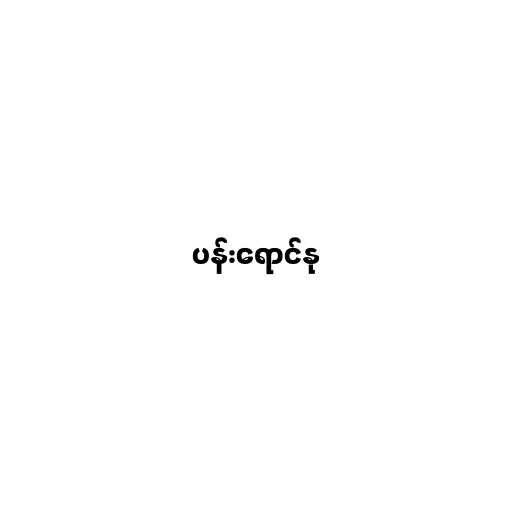
ပန်းရောင်နု